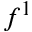
f ^ { 1 }